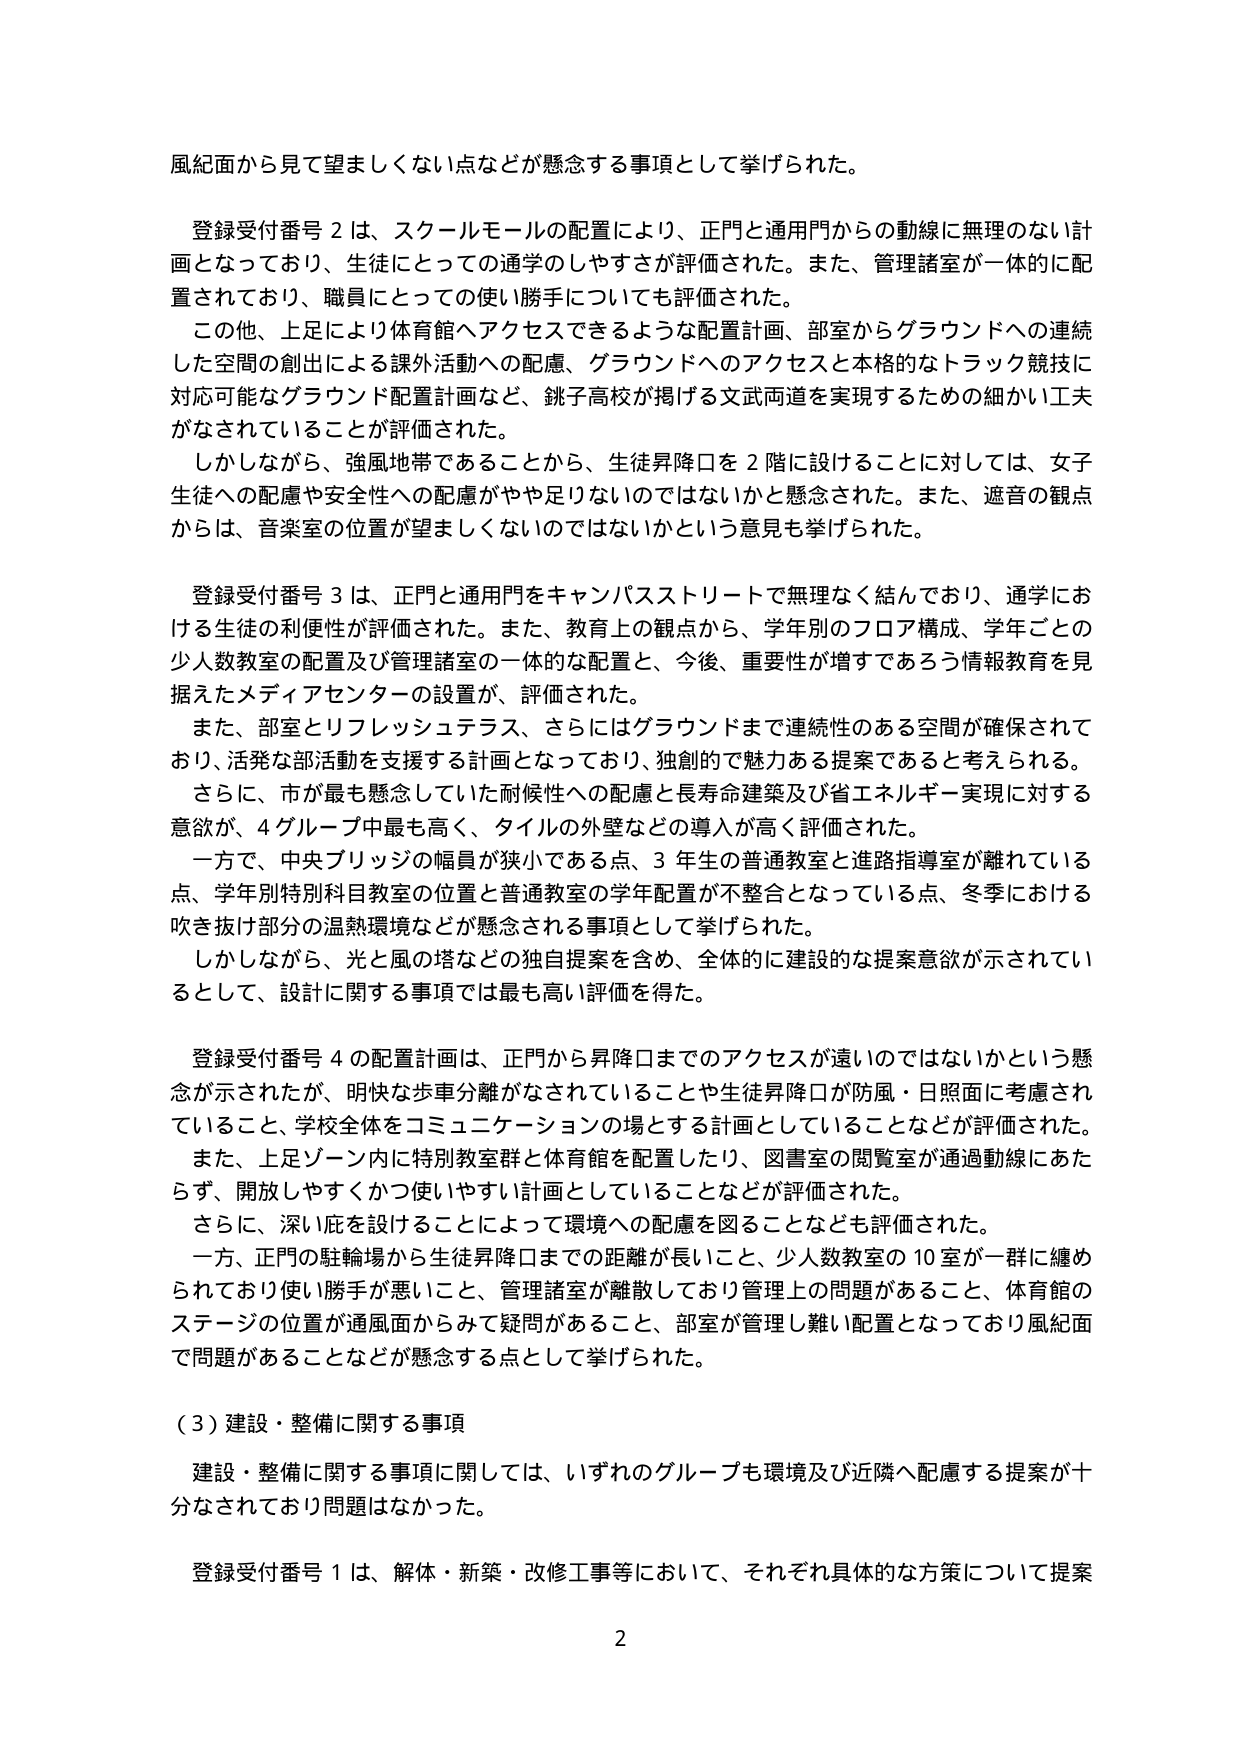
風紀面から見て望ましくない点などが懸念する事項として挙げられた。

登録受付番号２は、スクールモールの配置により、正門と通用門からの動線に無理のない計画となっており、生徒にとっての通学のしやすさが評価された。また、管理諸室が一体的に配置されており、職員にとっての使い勝手についても評価された。

この他、上足により体育館へアクセスできるような配置計画、部室からグラウンドへの連続した空間の創出による課外活動への配慮、グラウンドへのアクセスと本格的なトラック競技に対応可能なグラウンド配置計画など、銚子高校が掲げる文武両道を実現するための細かい工夫がなされていることが評価された。

しかしながら、強風地帯であることから、生徒昇降口を２階に設けることに対しては、女子生徒への配慮や安全性への配慮がやや足りないのではないかと懸念された。また、遮音の観点からは、音楽室の位置が望ましくないのではないかという意見も挙げられた。

登録受付番号３は、正門と通用門をキャンパスストリートで無理なく結んでおり、通学における生徒の利便性が評価された。また、教育上の観点から、学年別のフロア構成、学年ごとの少人数教室の配置及び管理諸室の一体的な配置と、今後、重要性が増すであろう情報教育を見据えたメディアセンターの設置が、評価された。

また、部室とリフレッシュテラス、さらにはグラウンドまで連続性のある空間が確保されており、活発な部活動を支援する計画となっており、独創的で魅力ある提案であると考えられる。

さらに、市が最も懸念していた耐候性への配慮と長寿命建築及び省エネルギー実現に対する意欲が、４グループ中最も高く、タイルの外壁などの導入が高く評価された。

一方で、中央ブリッジの幅員が狭小である点、３年生の普通教室と進路指導室が離れている点、学年別特別科目教室の位置と普通教室の学年配置が不整合となっている点、冬季における吹き抜け部分の温熱環境などが懸念される事項として挙げられた。

しかしながら、光と風の塔などの独自提案を含め、全体的に建設的な提案意欲が示されているとして、設計に関する事項では最も高い評価を得た。

登録受付番号４の配置計画は、正門から昇降口までのアクセスが遠いのではないかという懸念が示されたが、明快な歩車分離がなされていることや生徒昇降口が防風・日照面に考慮されていること、学校全体をコミュニケーションの場とする計画としていることなどが評価された。

また、上足ゾーン内に特別教室群と体育館を配置したり、図書室の閲覧室が通過動線にあたらず、開放しやすくかつ使いやすい計画としていることなどが評価された。

さらに、深い庇を設けることによって環境への配慮を図ることなども評価された。

一方、正門の駐輪場から生徒昇降口までの距離が長いこと、少人数教室の１０室が一群に纏められており使い勝手が悪いこと、管理諸室が離散しており管理上の問題があること、体育館のステージの位置が通風面からみて疑問があること、部室が管理し難い配置となっており風紀面で問題があることなどが懸念する点として挙げられた。

（３）建設・整備に関する事項

建設・整備に関する事項に関しては、いずれのグループも環境及び近隣へ配慮する提案が十分なされており問題はなかった。

登録受付番号１は、解体・新築・改修工事等において、それぞれ具体的な方策について提案

2